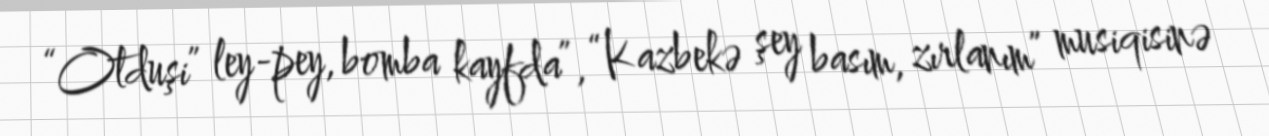
“Otduşi” ley-pey, bomba kayfda”, “Kazbekə şey basım, zırlanım” musiqisinə